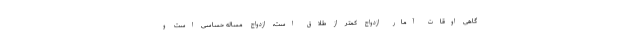
گاهی اوقات آمار ازدواج کمتر از طلاق است، ازدواج مساله حساسی است و